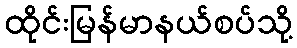
ထိုင်းမြန်မာနယ်စပ်သို့